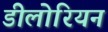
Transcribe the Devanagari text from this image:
डीलोरियन